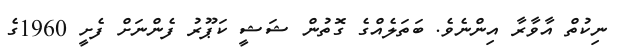
ނިކުތް އާވާރާ އިންނެވެ. ބަތަލެއްގެ ގޮތުން ޝަޝީ ކަޕޫރު ފެންނަށް ފެށީ 1960ގެ